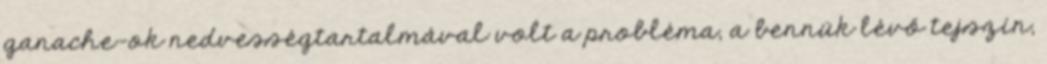
ganache-ok nedvességtartalmával volt a probléma, a bennük lévő tejszín,